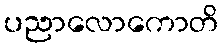
ပညာလောကောတိ